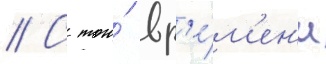
// С того́ вр'е́м'ен'и